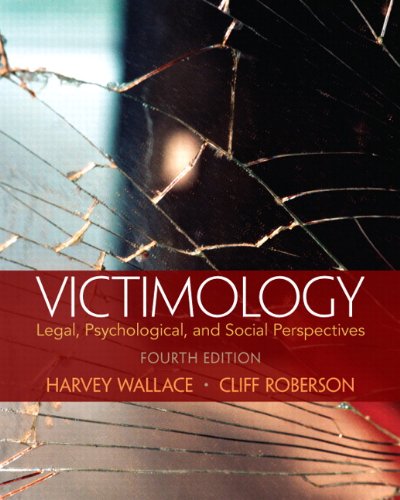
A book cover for Victimology: Legal, Psychological, and Social Perspectives (4th Edition); Harvey Wallace; Law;